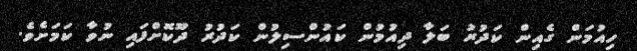
ހިއުމަން ގެއިން ކަދުރު ބަލާ ދިއުމުން ކައުންސިލުން ކަދުރު ދޫކޮށްފައި ނުވާ ކަމަށެވެ.